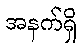
အနက်ရှိ